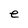
Character: e